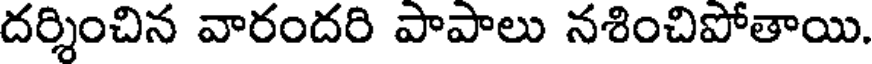
దర్శించిన వారందరి పాపాలు నశించిపోతాయి.